Preliminary report on an investigation into the etiology of Oriental sore in Cambay - Number 50
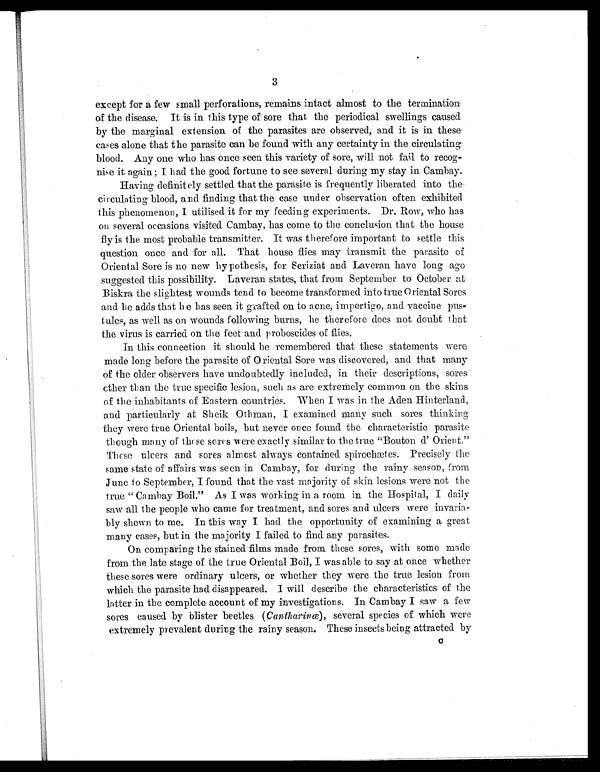
3
except for a few small perforations, remains intact almost to the termination
of the disease. It is in this type of sore that the periodical swellings caused
by the marginal extension of the parasites are observed, and it is in these
cases alone that the parasite can be found with any certainty in the circulating
blood. Any one who has once seen this variety of sore, will not fail to recog-
nise it again; I had the good fortune to see several during my stay in Cambay.
Having definitely settled that the parasite is frequently liberated into the
circulating blood, and finding that the case under observation often exhibited
this phenomenon, I utilised it for my feeding experiments. Dr. Row, who has
on several occasions visited Cambay, has come to the conclusion that the house
fly is the most probable transmitter. It was therefore important to settle this
question once and for all. That house flies may transmit the parasite of
Oriental Sore is no new hypothesis, for Seriziat and Laveran have long ago
suggested this possibility. Laveran states, that from September to October at
Biskra the slightest wounds tend to become transformed into true Oriental Sores
and he adds that he has seen it grafted on to acne, impertigo, and vaccine pus-
tules, as well as on wounds following burns, he therefore does not doubt that
the virus is carried on the feet and proboscides of flies.
In this connection it should be remembered that these statements were
made long before the parasite of Oriental Sore was discovered, and that many
of the older observers have undoubtedly included, in their descriptions, sores
o t h e r t h a n t h e t r u e s p e c i f i c l e s i o n , s u c h a s a r e e x t r e m e l y c o m m o n o n t h e s k i n s
of the inhabitants of Eastern countries. When I was in the Aden Hinterland,
and particularly at Sheik Othman, I examined many such sores thinking
they were true Oriental boils, but never once found the characteristic parasite
though many of these sores were exactly similar to the true "Bouton d' Orient."
These ulcers and sores almost always contained spirochætes. Precisely the
same state of affairs was seen in Cambay, for during the rainy season, from
June to September, I found that the vast majority of skin lesions were not the
true " Cambay Boil." As I was working in a room in the Hospital, I daily
saw all the people who came for treatment, and sores and ulcers were invaria-
bly shewn to me. In this way I had the opportunity of examining a great
many cases, but in the majority I failed to find any parasites.
On comparing the stained films made from these sores, with some made
from the late stage of the true Oriental Boil, I was able to say at once whether
these sores were ordinary ulcers, or whether they were the true lesion from
which the parasite had disappeared. I will describe the characteristics of the
latter in the complete account of my investigations. In Cambay I saw a few
sores caused by blister beetles ( Cantharinæ ), several species of which were
extremely prevalent during the rainy season. These insects being attracted by